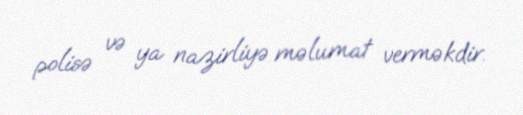
polisə və ya nazirliyə məlumat verməkdir.